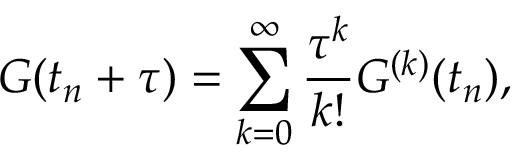
G ( t _ { n } + \tau ) = \sum _ { k = 0 } ^ { \infty } \frac { \tau ^ { k } } { k ! } G ^ { ( k ) } ( t _ { n } ) ,